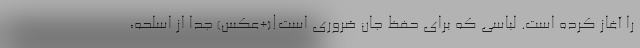
را آغاز کرده است. لباسی که برای حفظ جان ضروری است!(+عکس) جدا از اسلحه،